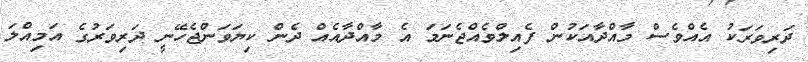
ދަރިވަރަކު އެއްވެސް މާއްދާއަކުން ފެއިލްވެއްޖެނަމަ އެ މާއްދާއެއް ދެން ކިޔަވަންޖެހޭނީ ދަރިވަރުގެ އަމިއްލަ